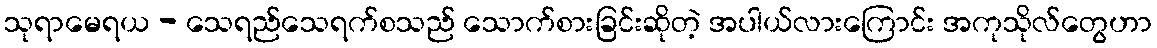
သုရာမေရယ - သေရည်သေရက်စသည် သောက်စားခြင်းဆိုတဲ့ အပါယ်လားကြောင်း အကုသိုလ်တွေဟာ